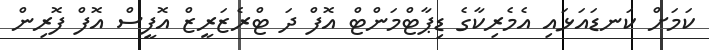
ކަމަށް ކަނޑައަޅައި އެމެރިކާގެ ޑިޕާޓްމަންޓް އޮފް ދަ ޓްރެޒަރީޒް އޮފީސް އޮފް ފޮރިން